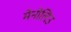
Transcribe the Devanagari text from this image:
मेनोलिउ